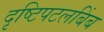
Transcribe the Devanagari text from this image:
दृष्टिपटलबिंब